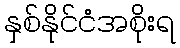
နှစ်နိုင်ငံအစိုးရ